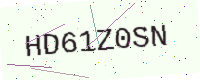
Text: HD61Z0SN